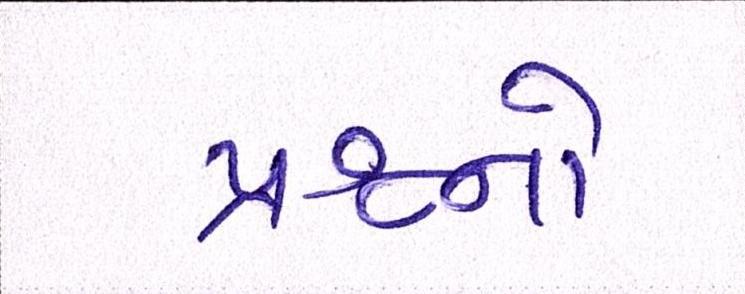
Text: પ્રશ્નનો